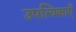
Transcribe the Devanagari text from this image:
उपत्यिकाएँ